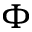
\Phi